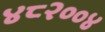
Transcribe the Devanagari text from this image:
४८२००४